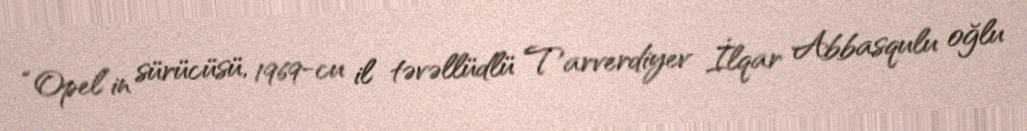
“Opel”in sürücüsü, 1969-cu il təvəllüdlü Tarverdiyev İlqar Abbasqulu oğlu